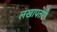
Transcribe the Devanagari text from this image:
लखापतेरी